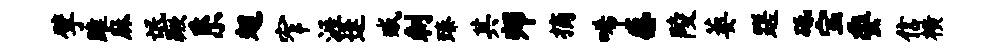
擘雎麻氓蹶系翅窄涯逢臧刺臻其师摘唏感陵萎蹉砥宝委信横